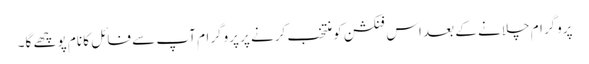
پروگرام چلانے کے بعد اس فنکشن کو منتخب کرنے پر پروگرام آپ سے فائل کا نام پوچھے گا۔